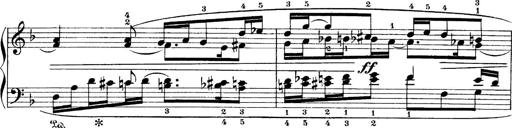
Title: 4 Sonatines
Composer: Max Reger